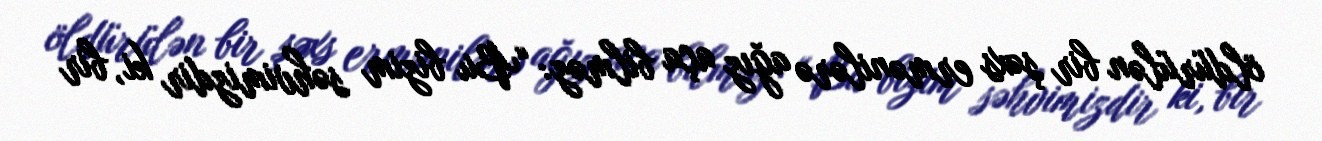
öldürülən bir şəxs ermənilərə ağız aça bilməz: “Bu bizim səhvimizdir ki, bir